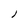
Character: l